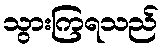
သွားကြရသည်